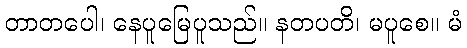
တာတပေါ၊ နေပူမြေပူသည်။ နတပတိ၊ မပူစေ။ မံ